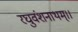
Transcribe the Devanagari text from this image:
रघुवंशनाथम्।।